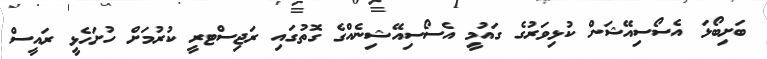
ބަށިބޯޅަ އެސޯސިއޭޝަން ކުޅިވަރުގެ ގައުމީ އެސޯސިއޭޝިނެއްގެ ގޮތުގައި ރަޖިސްޓރީ ކުރުމަށް ހުށަހެޅީ ރައީސް